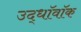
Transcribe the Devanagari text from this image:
उद्धॉवॉक